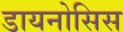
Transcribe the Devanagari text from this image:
डायनोसिस